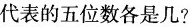
代表的五位数各是几?